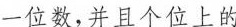
一位数，并且个位上的